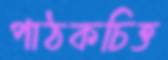
পাঠকচিত্ত